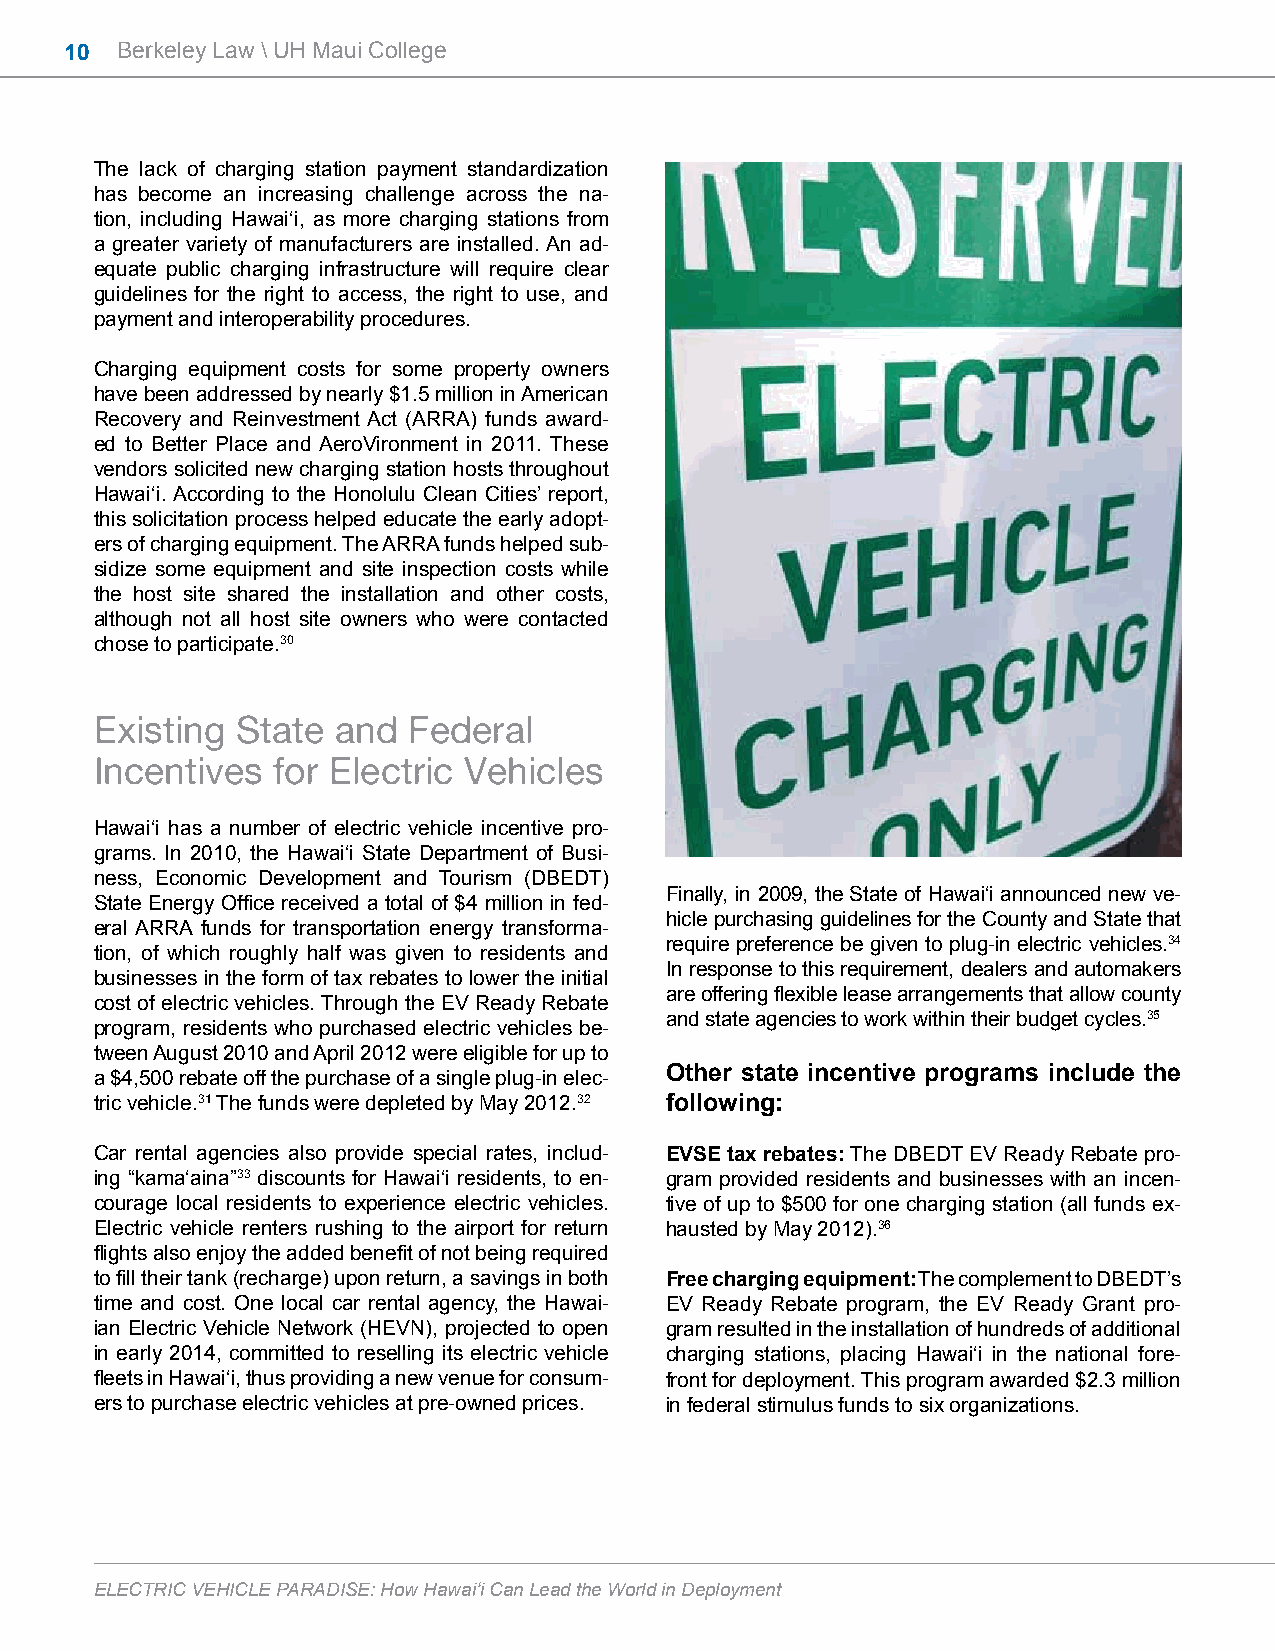
10  Berkeley Law \ UH Maui College
 The lack of charging station payment standardization
 has become an increasing challenge across the na-
 tion, including Hawai‘i, as more charging stations from
 a greater variety of manufacturers are installed. An ad-
 equate public charging infrastructure will require clear
 guidelines for the right to access, the right to use, and
 payment and interoperability procedures.
 Charging equipment costs for some property owners
 have been addressed by nearly $1.5 million in American
 Recovery and Reinvestment Act (ARRA) funds award-
 ed to Better Place and AeroVironment in 2011. These
 vendors solicited new charging station hosts throughout
 Hawai‘i. According to the Honolulu Clean Cities’ report,
 this solicitation process helped educate the early adopt-
 ers of charging equipment. The ARRA funds helped sub-
 sidize some equipment and site inspection costs while
 the host site shared the installation and other costs,
 although not all host site owners who were contacted
 chose to participate.30
 Existing  State and  Federal
 Incentives  for Electric Vehicles
 Hawai‘i has a number of electric vehicle incentive pro-
 grams. In 2010, the Hawai‘i State Department of Busi-
 ness, Economic Development and Tourism (DBEDT)
 Finally, in 2009, the State of Hawai‘i announced new ve-
 State Energy Office received a total of $4 million in fed-
 hicle purchasing guidelines for the County and State that
 eral ARRA funds for transportation energy transforma-
 require preference be given to plug-in electric vehicles.34
 tion, of which roughly half was given to residents and
 In response to this requirement, dealers and automakers
 businesses in the form of tax rebates to lower the initial
 are offering flexible lease arrangements that allow county
 cost of electric vehicles. Through the EV Ready Rebate
 and state agencies to work within their budget cycles.35
 program, residents who purchased electric vehicles be-
 tween August 2010 and April 2012 were eligible for up to
 a $4,500 rebate off the purchase of a single plug-in elec- Other state incentive programs include the
 tric vehicle.31 The funds were depleted by May 2012.32 following:
 Car rental agencies also provide special rates, includ- EVSE tax rebates: The DBEDT EV Ready Rebate pro-
 ing “kama‘aina”33 discounts for Hawai‘i residents, to en- gram provided residents and businesses with an incen-
 courage local residents to experience electric vehicles. tive of up to $500 for one charging station (all funds ex-
 Electric vehicle renters rushing to the airport for return hausted by May 2012).36
 flights also enjoy the added benefit of not being required
 to fill their tank (recharge) upon return, a savings in both Free charging equipment: The complement to DBEDT’s
 time and cost. One local car rental agency, the Hawai- EV Ready Rebate program, the EV Ready Grant pro-
 ian Electric Vehicle Network (HEVN), projected to open gram resulted in the installation of hundreds of additional
 in early 2014, committed to reselling its electric vehicle charging stations, placing Hawai‘i in the national fore-
 fleets in Hawai‘i, thus providing a new venue for consum- front for deployment. This program awarded $2.3 million
 ers to purchase electric vehicles at pre-owned prices. in federal stimulus funds to six organizations.
 ELECTRIC VEHICLE PARADISE: How Hawai‘i Can Lead the World in Deployment